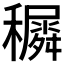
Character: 𥣡